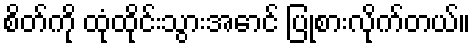
စိတ်ကို ထုံထိုင်းသွားအောင် ပြုစားလိုက်တယ်။